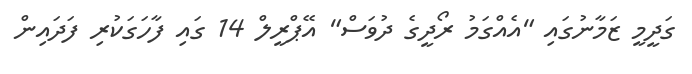
ގަދީމީ ޒަމާނުގައި "އެއްގަމު ރޯދީގެ ދުވަސް" އޭޕްރީލް 14 ގައި ފާހަގަކުރި ފަދައިން